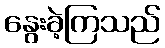
နွေးခဲ့ကြသည်